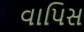
વાપિસ